School population in Scotland, 1937
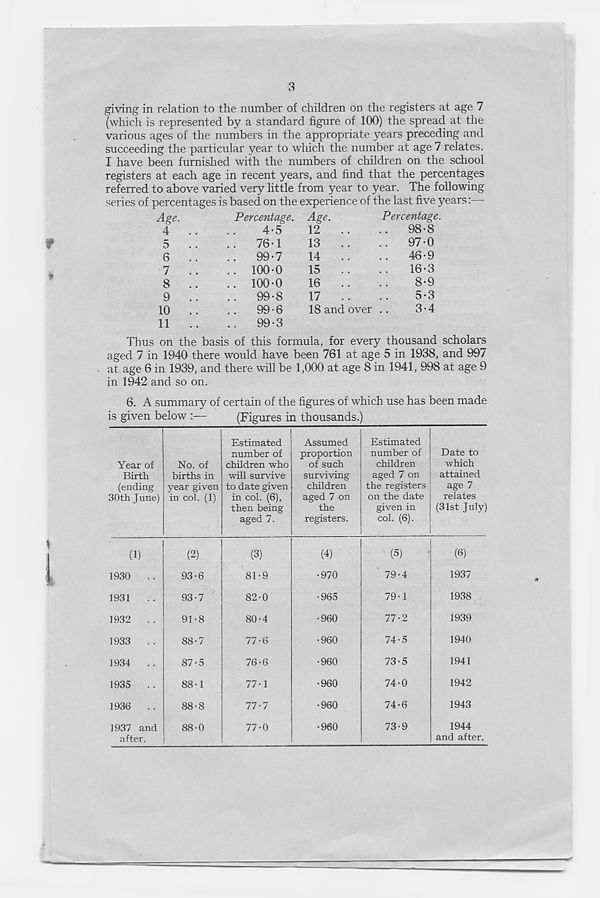
3
giving in relation to the number of children on the registers at age 7
(which is represented by a standard figure of 100) the spread at the
various ages of the numbers in the appropriate years preceding and
succeeding the particular year to which the number at age 7 relates.
I have been furnished with the numbers of children on the school
registers at each age in recent years, and find that the percentages
referred to above varied very little from year to year. The following
series of percentages is based on the experience of the last five years:—
Age.
4
5
6
7
8
9
10
11
Percentage.
4-5
76-1
99-7
100-0
100-0
99-8
99-6
99-3
Age.
12
13
14
15
16
17
18 and over
Percentage.
.
98-8
97-0
46-9
16-3
8-9
5-3
3-4
Thus on the basis of this formula, for every thousand scholars
aged 7 in 1940 there would have been 761 at age 5 in 1938, and 997
at age 6 in 1939, and there will be 1,000 at age 8 in 1941, 998 at age 9
in 1942 and so on.
6. A summary of certain of the figures of which use has been made
is given below :—
(Figures in thousands.)
Year of
Birth
(ending
30th June)
No. of
births in
year given
in col. (1)
Estimated
number of
children who
will survive
to date given
in col. (6),
then being
aged 7.
Assumed
proportion
of such
surviving
children
aged 7 on
the
registers.
Estimated
number of
children
aged 7 on
the registers
on the date
given in
col. (6).
Date to
which
attained
age 7
relates
(31st July)
(1)
1930
1931
1932
1933
1934
1935
1936
1937 and
after.
(2)
93-6
93-7
91-8
88-7
87-
5
88-
1
88-8
88-0
(3)
81-
9
82-
0
80-4
77-6
76-
6
77-
1
77-7
77-0
(4)
•970
•965
•960
•960
•960
•960
•960
•960
(5)
79-4
79-1
77-2
74-5
73-
74-
74-6
73-9
(6)
1937
1938
1939
1940
1941
1942
1943
1944
and after.